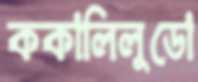
ককালিলুডো